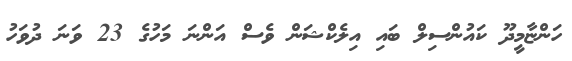
ހަންޏާމީދޫ ކައުންސިލް ބައި އިލެކްޝަން ވެސް އަންނަ މަހުގެ 23 ވަނަ ދުވަހު